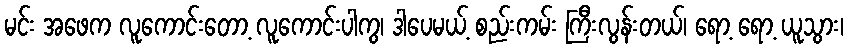
မင်း အဖေက လူကောင်းတော့ လူကောင်းပါကွ၊ ဒါပေမယ့် စည်းကမ်း ကြီးလွန်းတယ်၊ ရော့ ရော့ ယူသွား၊